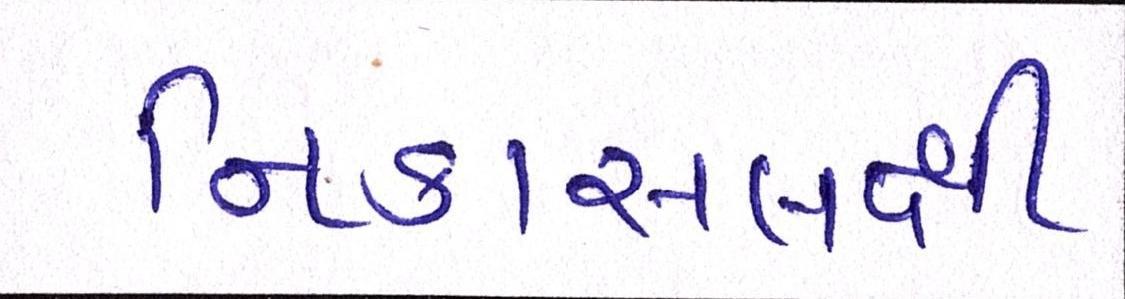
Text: નિકાસલક્ષી